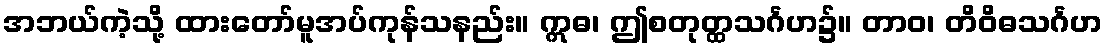
အဘယ်ကဲ့သို့ ထားတော်မူအပ်ကုန်သနည်း။ ဣဓ၊ ဤစတုတ္ထသင်္ဂဟ၌။ တာဝ၊ တိဝိဓသင်္ဂဟ